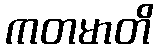
ကတမာတိ